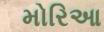
મોરિઆ